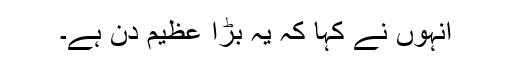
انہوں نے کہا کہ یہ بڑا عظیم دن ہے۔